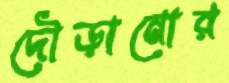
দৌড়ানোর